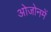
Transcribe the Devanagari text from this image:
ओजोनमें